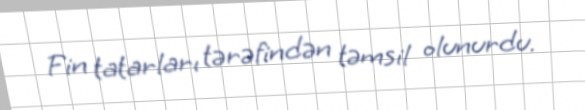
Fin tatarları tərəfindən təmsil olunurdu.